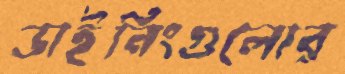
ডাইনিংগুলোর